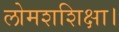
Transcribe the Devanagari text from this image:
लोमशशिक्षा।